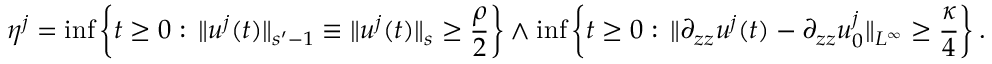
\eta ^ { j } = \operatorname* { i n f } \left\lbrace t \geq 0 : \, \| u ^ { j } ( t ) \| _ { s ^ { \prime } - 1 } \equiv \| u ^ { j } ( t ) \| _ { s } \geq \frac \rho 2 \right\rbrace \wedge \operatorname* { i n f } \left\lbrace t \geq 0 : \, \| \partial _ { z z } u ^ { j } ( t ) - \partial _ { z z } u _ { 0 } ^ { j } \| _ { L ^ { \infty } } \geq \frac \kappa 4 \right\rbrace .